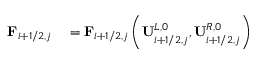
\begin{array} { r l } { \mathbf { F } _ { i + 1 / 2 , j } } & { { } = \mathbf { F } _ { i + 1 / 2 , j } \left( \mathbf { U } _ { i + 1 / 2 , j } ^ { L , 0 } , \mathbf { U } _ { i + 1 / 2 , j } ^ { R , 0 } \right) } \end{array}